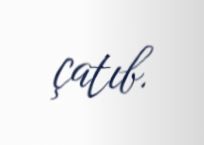
çatıb.